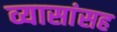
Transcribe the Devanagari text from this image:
व्यासांसह